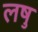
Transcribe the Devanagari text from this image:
लषु